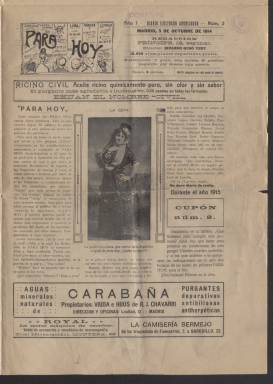
Título: Para hoy (Madrid)
Colección: Periódicos
Ámbito geográfico: Madrid
Lugar de publicación: Madrid
Fechas: 05/10/1914-05/10/1914